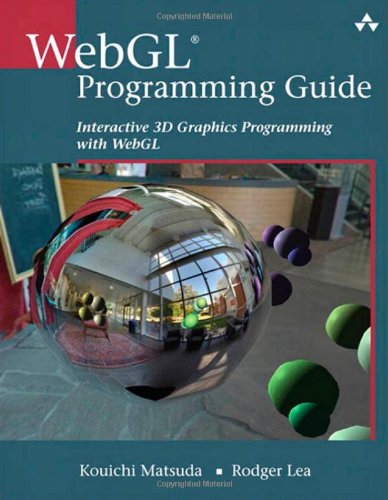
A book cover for WebGL Programming Guide: Interactive 3D Graphics Programming with WebGL (OpenGL); Kouichi Matsuda; Computers & Technology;